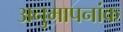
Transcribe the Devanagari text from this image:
अनुमापनांक